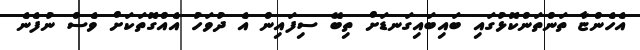
އެހެންޏާ ތަންތަންކޮޅުގައި ބައިބައިގަނޑަށް ތިބޭ ސިފައިން އެ ދުވަހު އެއްގޮތަކަށް ވެސް ނުފެނެ